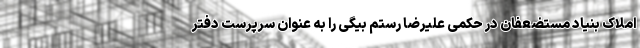
املاک بنیاد مستضعفان در حکمی علیرضا رستم بیگی را به عنوان سرپرست دفتر